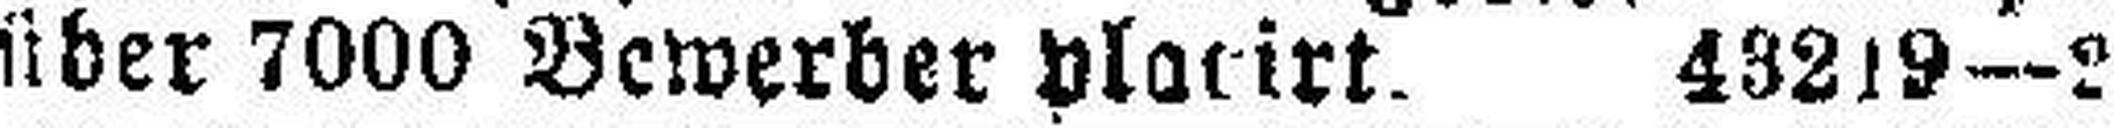
über 7000 Bewerber placirt. 43219—2